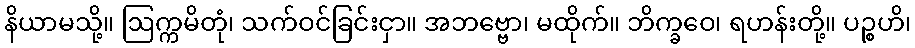
နိယာမသို့။ ဩက္ကမိတုံ၊ သက်ဝင်ခြင်းငှာ။ အဘဗ္ဗော၊ မထိုက်။ ဘိက္ခဝေ၊ ရဟန်းတို့။ ပဉ္စဟိ၊